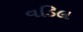
વડિલ